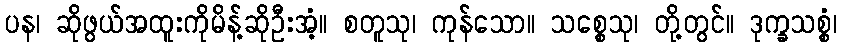
ပန၊ ဆိုဖွယ်အထူးကိုမိန့်ဆိုဦးအံ့။ စတူသု၊ ကုန်သော။ သစ္စေသု၊ တို့တွင်။ ဒုက္ခသစ္စံ၊